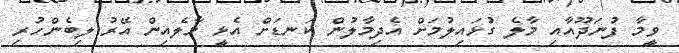
ވީމާ ފުނަދޫއާއި މާލެ ގުޅައިލުމަށް އެދިމާލުން ކަނޑަށް އެޅީ މާލެއިން އޭރު ލިބެންހުރި